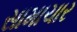
સામાચાર